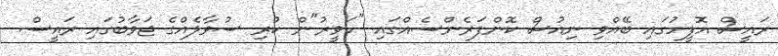
ރައީސް އޮފީހުގައި ބޭއްވި ނިއުސް ކޮންފަރެންސެއްގައި "ހަވީރު"ން ކުރި ސުވާލެއްގެ ޖަވާބުގައި ރައީސް